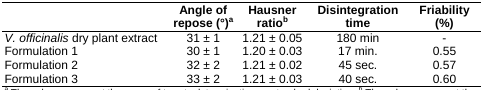
<table><thead><tr><td></td><td><b>Angle of repose (°)<sup>a</sup></b></td><td><b>Hausner ratio<sup>b</sup></b></td><td><b>Disintegration time</b></td><td><b>Friability(%)</b></td></tr></thead><tbody><tr><td><i>V. officinalis</i> dry plant extract</td><td>31 ± 1</td><td>1.21 ± 0.05</td><td>180 min</td><td>-</td></tr><tr><td>Formulation 1</td><td>30 ± 1</td><td>1.20 ± 0.03</td><td>17 min.</td><td>0.55</td></tr><tr><td>Formulation 2</td><td>32 ± 2</td><td>1.21 ± 0.02</td><td>45 sec.</td><td>0.57</td></tr><tr><td>Formulation 3</td><td>33 ± 2</td><td>1.21 ± 0.03</td><td>40 sec.</td><td>0.60</td></tr></tbody></table>